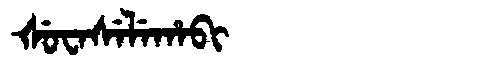
Manchu: ᡧᡠᠸᠠᠰᡝᠯᡝᡥᠠᠪᡳ
Romanization: ŠUWASELEHABI